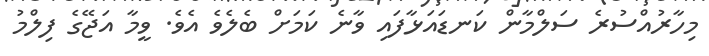
މިހާރުއްސުރެ ސަލްމާން ކަނޑައަޅާފައި ވާނެ ކަމަށް ބެލެވެ އެވެ. ވީމާ އަޖޭގެ ފިލްމު